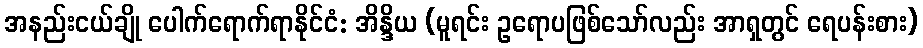
အနည်းငယ်ချို ပေါက်ရောက်ရာနိုင်ငံ: အိန္ဒိယ (မူရင်း ဥရောပဖြစ်သော်လည်း အာရှတွင် ရေပန်းစား)